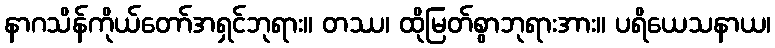
နာဂသိန်ကိုယ်တော်အရှင်ဘုရား။ တဿ၊ ထိုမြတ်စွာဘုရားအား။ ပရိယေသနာယ၊